system: You are a helpful assistant.
user:
Analyze the provided spectrum to determine if it is a **Carbon Star (C-type)**.

- **Key Visual Indicators of Carbon Star:**
    - **(Primary):** Strong molecular absorption from **C₂ (diatomic carbon) "Swan Bands."** This is the **defining feature** of a carbon star.
        - **(Key Bandheads):** Sharp absorption edges are visible at approximately $5635$ Å, $5165$ Å (the strongest band), and $4737$ Å.
        - **(Line Profile):** Creates a distinct **"saw-tooth"** pattern. The key morphology is a sharp, steep bandhead on the **red (long-wavelength) side**, which then gradually tapers off (i.e., flux recovers) towards the **blue (short-wavelength) side**. *(This is the direct opposite of the TiO bands seen in M-type stars)*.

    - **(Secondary):** Intense **CN (cyanogen)** molecular absorption bands.
        - **(Key Bandheads):** Located in the blue and violet regions of the spectrum (e.g., near $4215$ Å and $3883$ Å).
        - **(Morphology):** These bands are extremely broad and act as a "blanket," absorbing the vast majority of blue and violet light. This creates a characteristic **"cliff"** or **"steep drop-off"** in the spectrum's flux at short wavelengths.

    - **(Key Confirmation):** Strong **CH absorption band (G-band)**.
        - **(Key Bandhead):** Located around $4300$ Å. The contribution from CH molecules to this band is exceptionally strong.

    - **(Overall Spectrum):**
        - The continuum is severely "chopped up" by these deep molecular bands, especially C₂, rather than appearing as a smooth curve.
        - Due to the heavy CN and C₂ absorption in the blue-green, the vast majority of the star's flux is concentrated in the red part of the spectrum, giving the star its characteristic deep red color.

Think first, call **spectral_visualization_tool** if needed to examine features in detail, then provide your final answer. Your response must adhere to the following strict rules:
1.  **Overall Structure:** Your response must follow the format `<think>...</think> <tool_call>...</tool_call> (if a tool is used) <answer>...</answer>`.
2.  **Tool Usage Constraint:** You may only make **one** tool call per turn.
3.  **Final Answer Format:** In the `<answer>` tag, your conclusion must be inside a `\boxed{}` command (e.g., `\boxed{YES}`), followed by your justification.

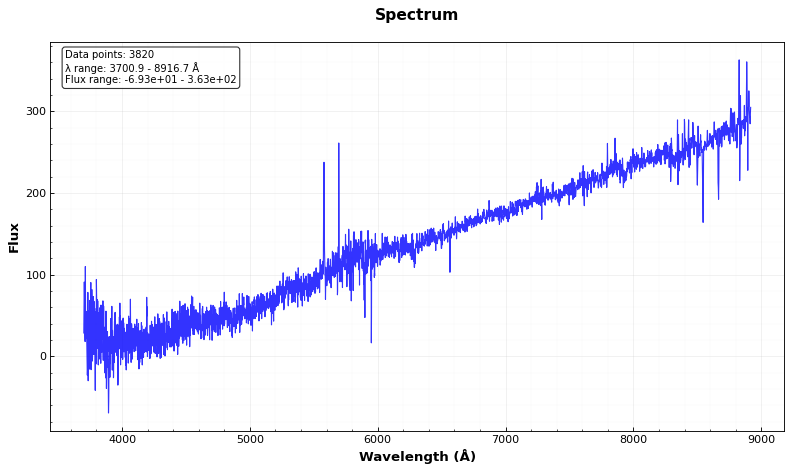
Answer: NO